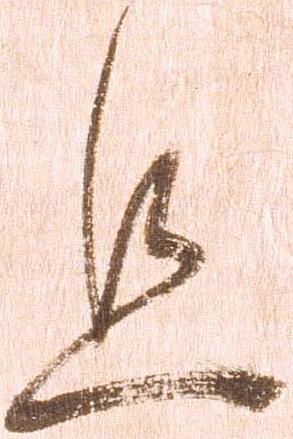
且